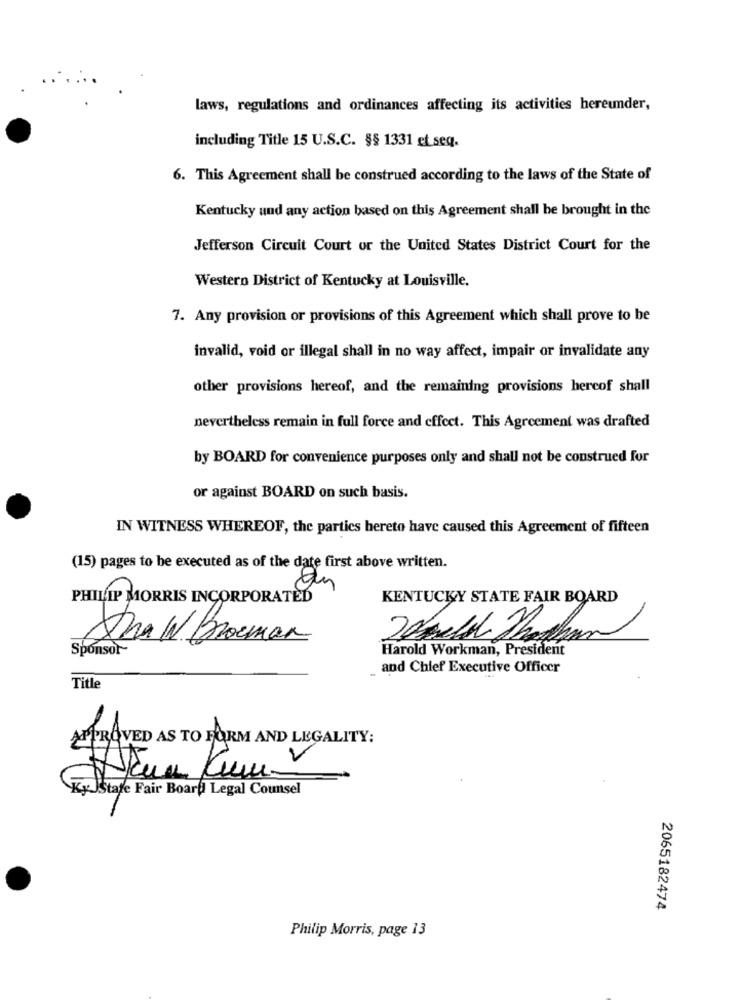
laws, regulations and ordinances affecting its activities hereunder,
including Title 15 U.S.C. §§ 1331 et seq.
6. This Agreement shall be construed according to the laws of the State of
Kentucky and any action based on this Agreement shall be brought in the
Jefferson Circuit Court or the United States District Court for the
Western District of Kentucky at Louisville.
7. Any provision or provisions of this Agreement which shall prove to be
invalid, void or illegal shall in no way affect, impair or invalidate any
other provisions hereof, and the remaining provisions hercof shall
nevertheless remain in full force and effect. This Agreement was drafted
by BOARD for convenience purposes only and shall not be construed for
or against BOARD on such basis.
IN WITNESS WHEREOF, the parties hereto have caused this Agreement of fifteen
(15) pages to be executed as of the date first above written.
PHILIP MORRIS INCORPORATED
KENTUCKY STATE FAIR BOARD
Dna W Broman
Sponsor
Harold Workman, President
and Chief Executive Officer
Title
MPROVED AS TO FORM AND LEGALITY:
Ky Istate Fair Board Legal Counsel
2065182474
Philip Morris, page 13